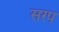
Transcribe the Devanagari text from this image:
सरप